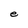
Character: e